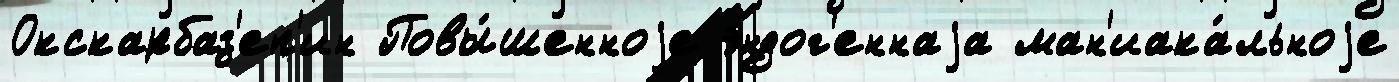
Окскарбаз'еп'ин Повы́шенноjе эндог'еннаjа ман'иака́льноjе